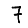
Digit: 7